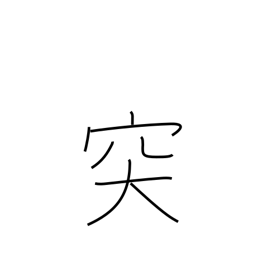
Meaning: protruding